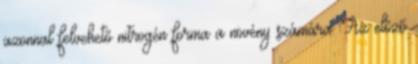
azonnal felvehető nitrogén forma a növény számára. Az előző